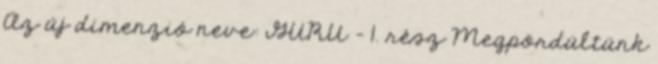
Az új dimenzió neve: GURU - 1. rész Megpördültünk